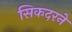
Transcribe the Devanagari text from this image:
सिकदरने